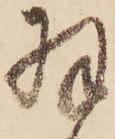
羽